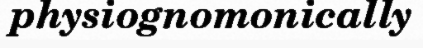
physiognomonically